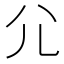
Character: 尣